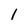
Character: 1